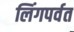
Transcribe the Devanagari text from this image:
लिंगपर्वत